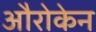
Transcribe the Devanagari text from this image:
औरोकेन